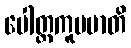
ပေါတ္ထကူပမာတိ